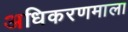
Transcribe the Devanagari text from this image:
अधिकरणमाला